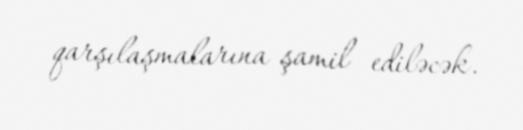
qarşılaşmalarına şamil ediləcək.